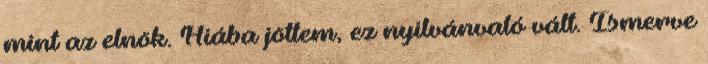
mint az elnök. Hiába jöttem, ez nyilvánvaló vált. Ismerve